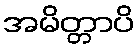
အမိတ္တာပိ